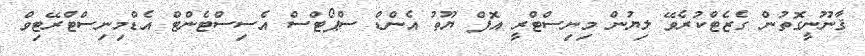
ޤާނޫނީގޮތުން ގެޒެޓްކުރެވޭ ލިޔުން މިނިސްޓްރީ އޮފް ޔޫތު އެންޑް ސްޕޯޓްސް އެސިސްޓެންޓް އެޑްމިނިސްޓްރޭޓިވް